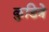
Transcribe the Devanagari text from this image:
कुडित्रे